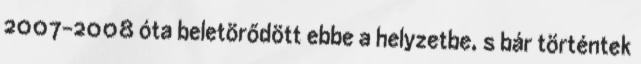
2007-2008 óta beletörődött ebbe a helyzetbe, s bár történtek